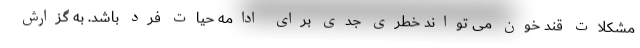
مشکلات قند خون می تواند خطری جدی برای ادامه حیات فرد باشد. به گزارش